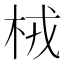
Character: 㭜